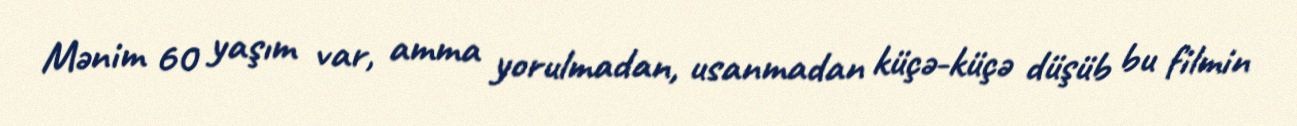
Mənim 60 yaşım var, amma yorulmadan, usanmadan küçə-küçə düşüb bu filmin